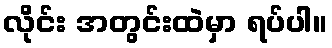
လိုင်း အတွင်းထဲမှာ ရပ်ပါ။